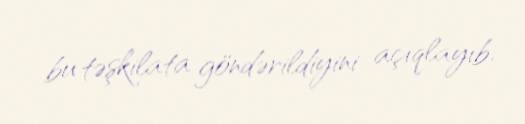
bu təşkilata göndərildiyini açıqlayıb.